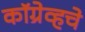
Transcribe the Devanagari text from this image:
कॉग्रेव्हचे